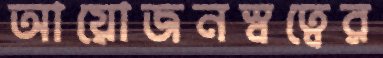
আয়োজনস্বত্বের